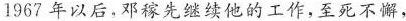
1967年以后，邓稼先继续他的工作，至死不懈，